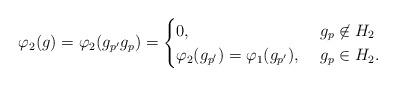
LaTeX: \begin{align*} \varphi_2(g)=\varphi_2(g_{p'} g_{p})= \begin{cases} 0, & \ g_{p} \not \in H_2\\ \varphi_2(g_{p'})=\varphi_1(g_{p'}), & \ g_{p} \in H_2. \end{cases} \end{align*}